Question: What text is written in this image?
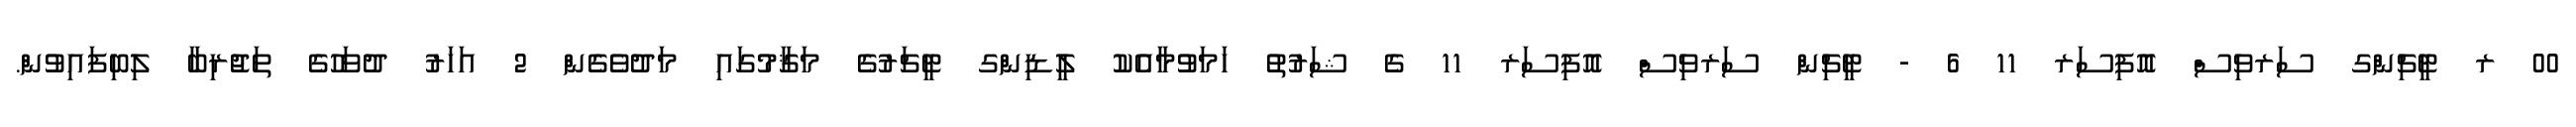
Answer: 00 ރ ޓީޗިންގ ސަރވިސް އޮފިސަރ 11 6 - ޓީޗިން ސަރވިސް އޮފިސަރ 11 ގެ ޝަރުތު ހަމަވުމާއެކު ލީޑިންގ ޓީޗަރުގެ މަޤާމުގައި މަދުވެގެން 2 އަހަރު ދުވަހުގެ ތަޖުރިބާ ލިބިފައިވުން.